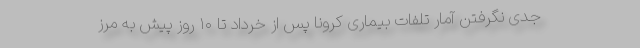
جدی نگرفتن آمار تلفات بیماری کرونا پس از خرداد تا ۱۰ روز پیش به مرز